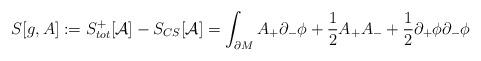
LaTeX: \begin{align*}S[g,A] := S_{tot}^+[\mathcal{A}] - S_{CS}[\mathcal{A}] = \int_{\partial M} A_+\partial_-\phi + \frac12 A_+A_- + \frac12 \partial_+\phi \partial_-\phi\end{align*}